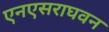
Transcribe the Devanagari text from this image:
एनएसराघवन